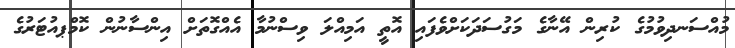
މުއްސަނދިވުމުގެ ކުރިން އޭނާގެ މަގުސަދަކަށްވެފައި އޮތީ އަމިއްލަ ވިސްނުމާ އެއްގޮތަށް އިންސާނުން ކޮމްޕއުޓަރުގެ